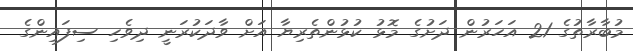
މުބާރާތުގެ 21 އަހަރުން ދަށުގެ މޮޅު ކުޅުންތެރިޔާ އަށް ވާދަކުރަނީ ދިވެހި ސިފައިންގެ